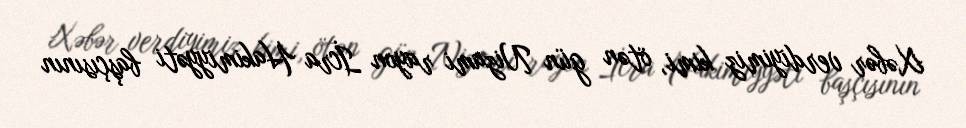
Xəbər verdiyimiz kimi, ötən gün Nizami rayon İcra Hakimiyyəti başçısının